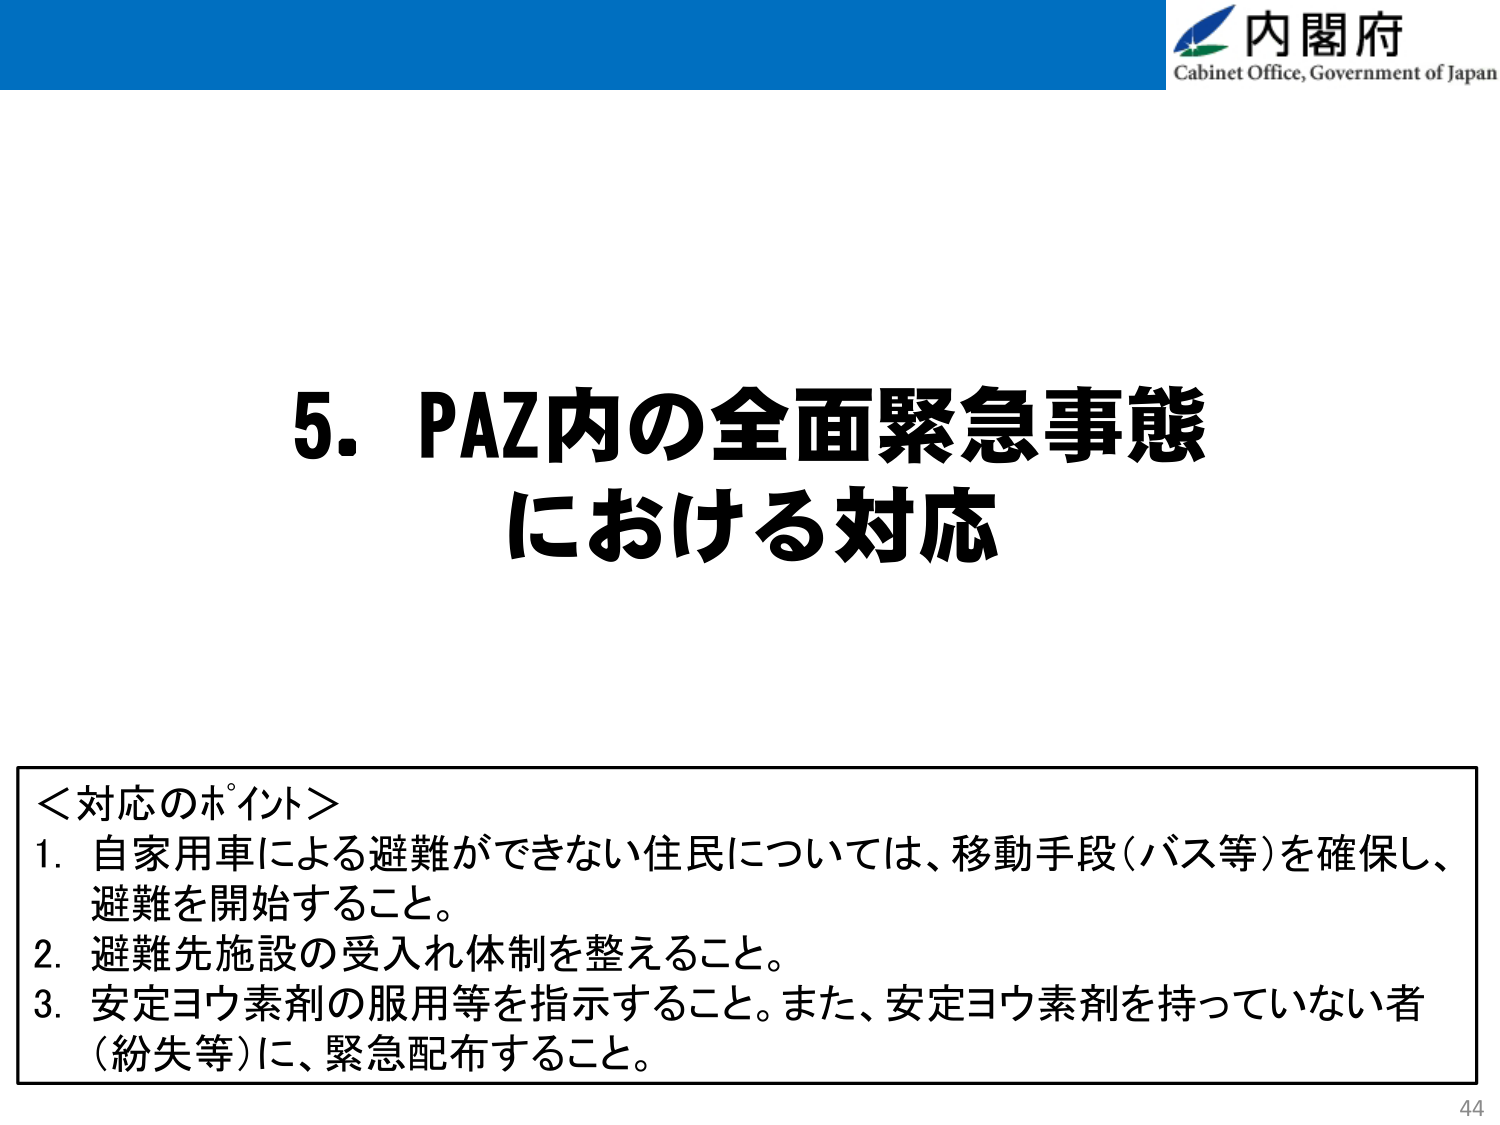
内閣府
Cabinet Office, Government of Japan

5. PAZ内の全面緊急事態
における対応

＜対応のポイント＞
1. 自家用車による避難ができない住民については、移動手段（バス等）を確保し、
避難を開始すること。
2. 避難先施設の受入れ体制を整えること。
3. 安定ヨウ素剤の服用等を指示すること。また、安定ヨウ素剤を持っていない者
（紛失等）に、緊急配布すること。

44